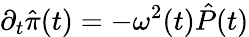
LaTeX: \partial_{t}\hat{\pi}(t)=-\omega^{2}(t)\hat{P}(t)